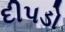
દીપડો